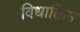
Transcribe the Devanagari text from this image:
विधाक्तिम